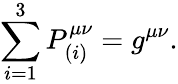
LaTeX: \sum_{i=1}^{3}P_{(i)}^{\mu\nu}=g^{\mu\nu}.